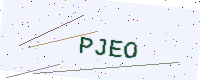
Text: PJEO